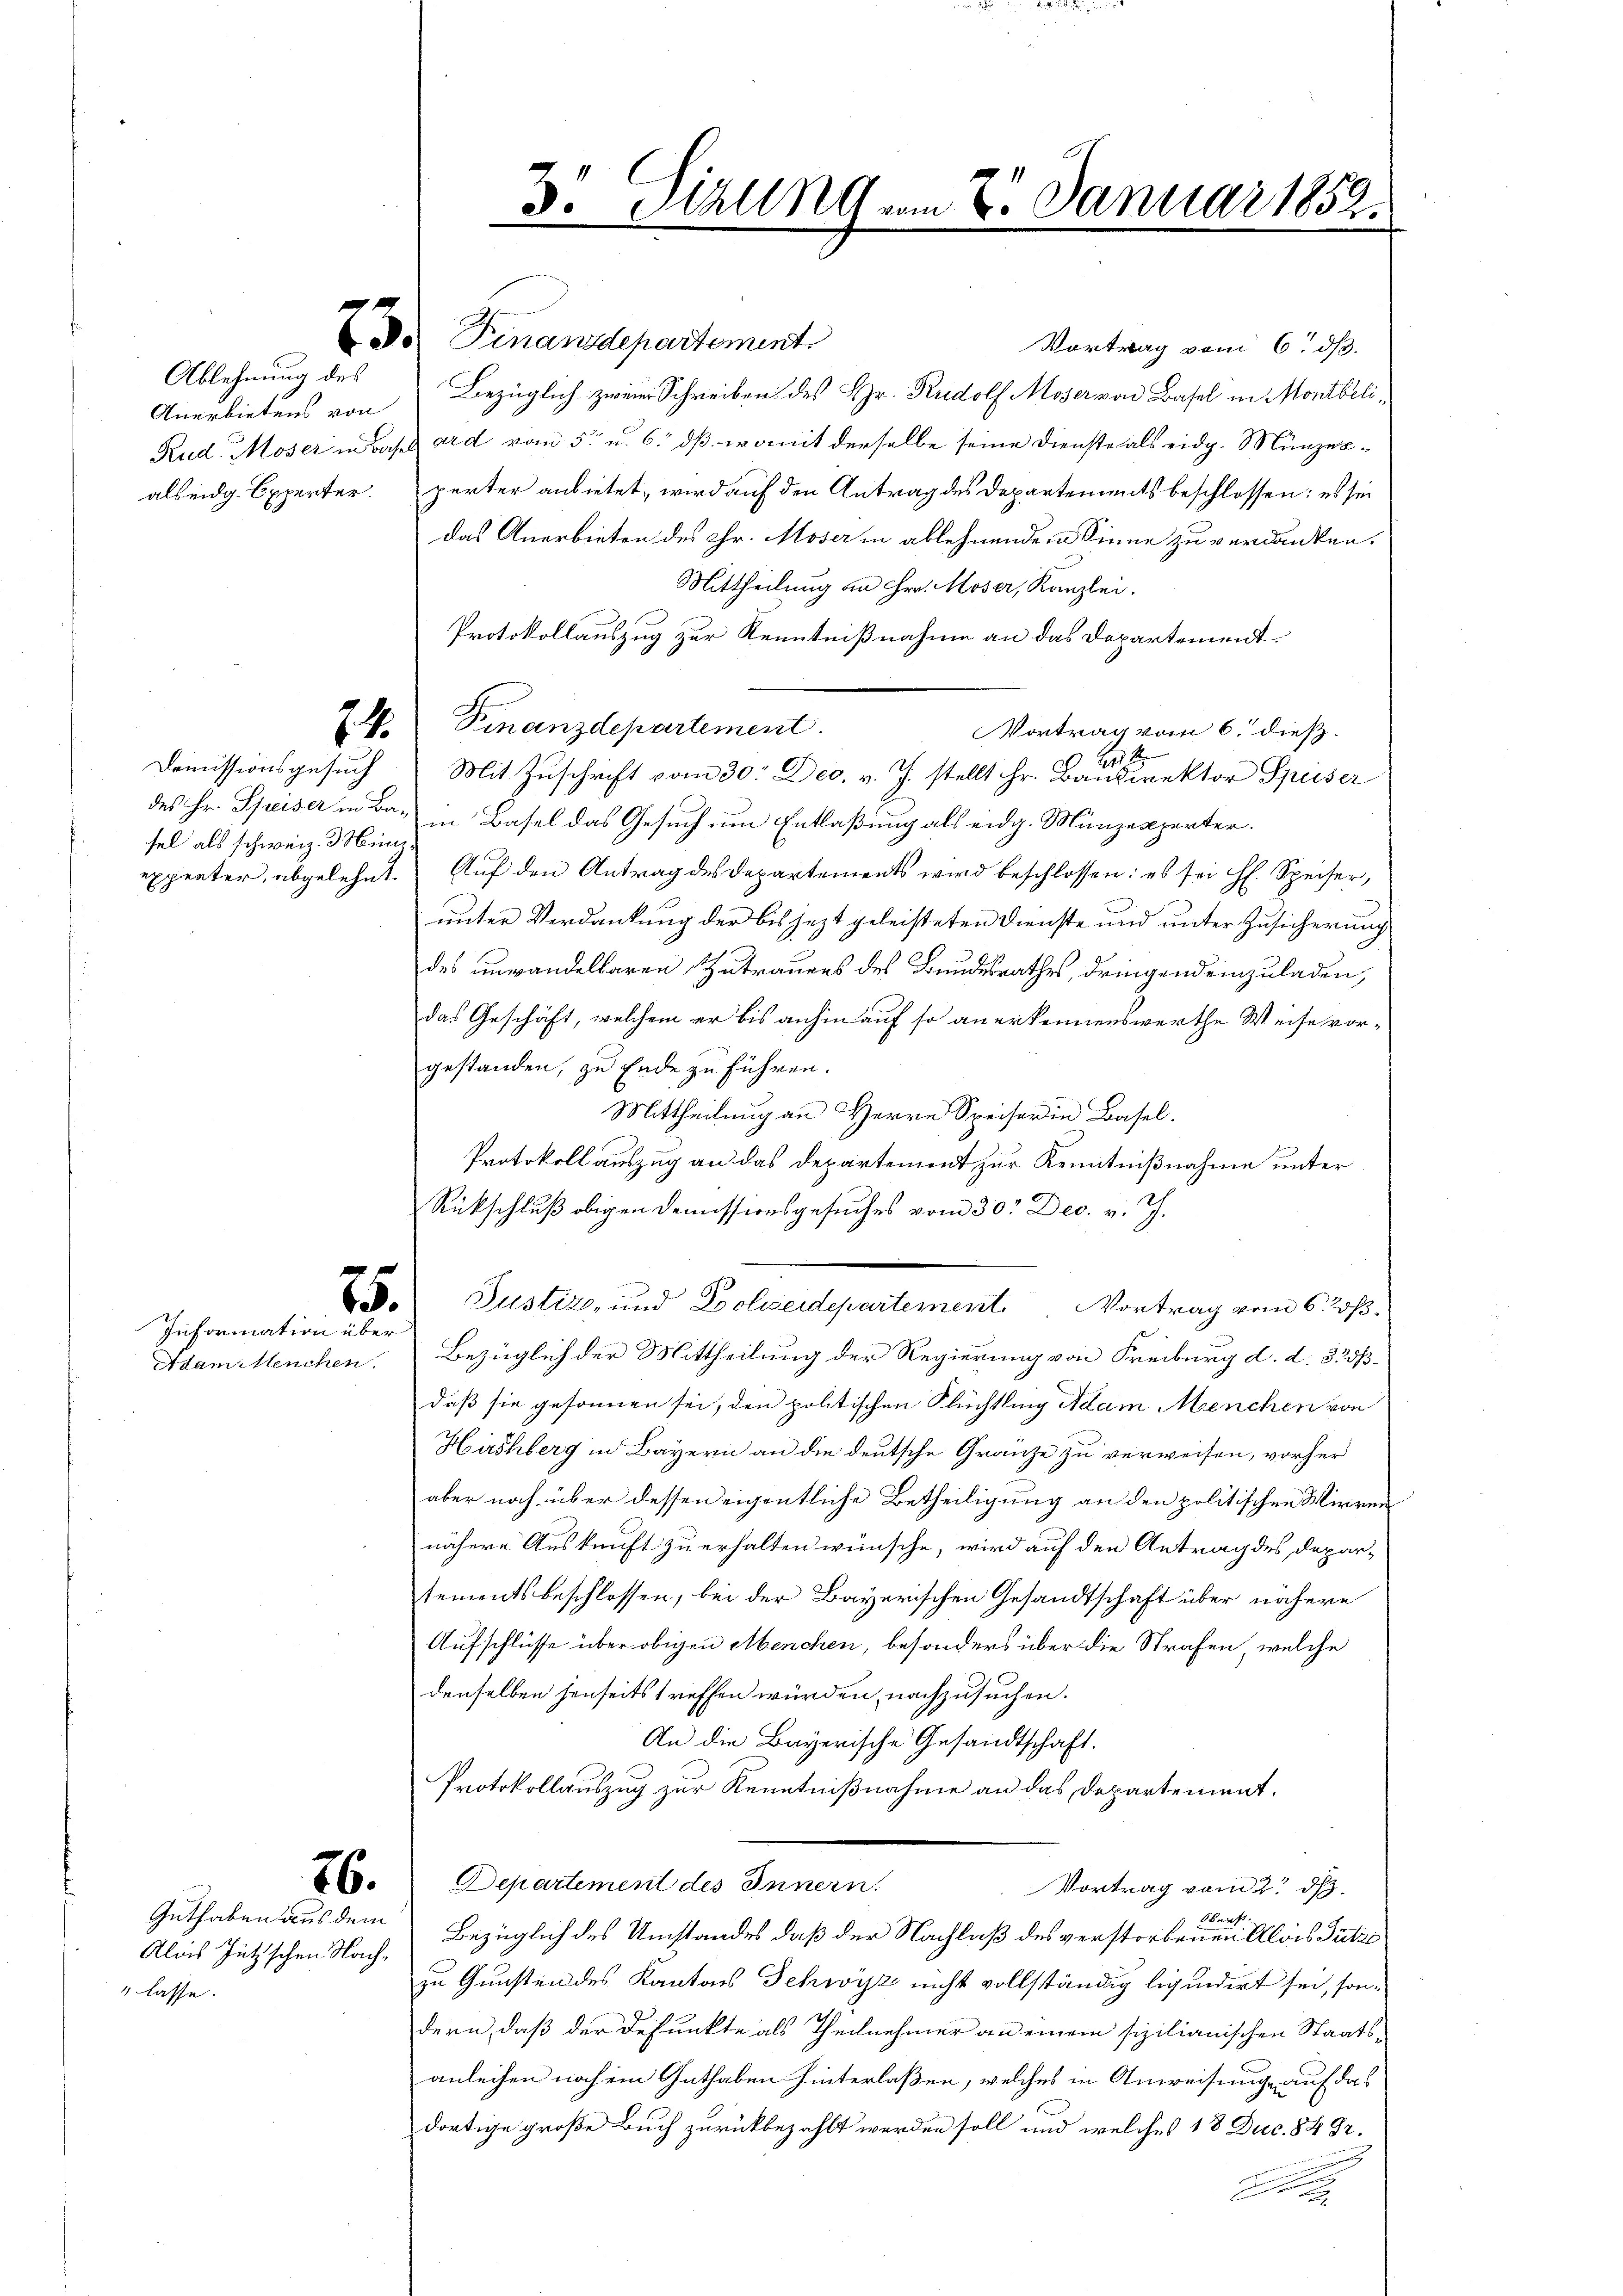
Ablehnung des

Information über

Guthaben aus dem
Alois Jützschen Nach-
 lasse.

Demissionsgesuch
sel als schweiz. Münz¬

Do Finanzdepartement
Vortrag vom 6. ds.
Anerbietens von Bezüglich zweier Schreiben des Hr. Rudolf Moser von Basel in Montbeli¬
Rud. Moser in Basel ard von 5 u. 6. dß womit derselbe seine Dienste als eidg. Münzenals eidg. Opperter. perter anbietet, wird auf den Antrag des Departements beschlossen: es sei
Das Anerbieten des Chr. Moser in ablehnendem Sinne zu verdanken.
Mittheilung an Hrn. Moser, Kanzlei.
Protokollauszug zur Kenntnißnahme an das Departement.
24. Finanzdepartement.
Vortrag vom 6. dieß.
2
Mit Zuschrift vom 30. Dec. v. J. stellt Hr. Bandirektor Speiser
des Hr. Speiser in Ba- in Basel das Gesuch um Entlaßung als eidg. Münzexperter.
expeater, abgelehnt. Auf den Antrag des Departements wird beschlossen: es sei H. Speiser,
unter Verdankung der bis jetzt geleisteten Dienste und unter Zusicherung
des unwandelbaren Zutrauens des Bundesrathes, dringend einzuladen,
das Geschäft, welchem er bis anhin auf so anerkennenswerthe Weise vorgestanden, zu Ende zu führen.
Mittheilung an Herrn Speiser in Basel.
Protokoll auszug an das Departement zur Kenntnißnahme unter
Rückschluß obigen Demissionsgesuches vom 30. Dec. v. J.
E Justiz, und Polizeidepartement. Vortrag vom 6. ß.
Adam Meuchen. Bezüglich der Mittheilung der Regierung von Freiburg d. d. 3. 233.
daß sie gesonnen sei, den politischen Flüchtling Adam Menchen von
Hächberg in Bayern an die deutsche Gränze zu verweisen, vorher
aber noch über dessen eigentliche Betheiligung an den politischen Wirren
nähere Auskunft zu erhalten wünsche, wird auf den Antrag des Departementsbeschlossen, bei der Bayerischen Gesandtschaft über nähere
Aufschlüsse über obigen Menchen, besonders über die Strafen, welche
denselben jenseits treffen würden, nachzusuchen.
An die Bayerische Gesandtschaft.
Protokollauszug zur Kenntnißnahme an das Departement.
76. Departement des Innern.
Vortrag vom 2. ds.
Oberst
Bezüglich des Umstandes daß der Nachlaß des verstorbenen Alois Patze
zu Gunsten des Kantons Schwyz nicht vollständig liquidirt sei, sondern, daß der Depunkte als Theilnehmer an einem sizilianischen Staatsanleihen noch ein Guthaben hinterlaßen, welches in Anweisung, auf das
dortige große Buch zurückbezahlt werden soll und welches 18 Duc. 84 82.
d

3 Sitzung vom 8. Januar 1852.